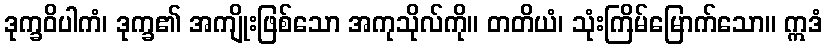
ဒုက္ခဝိပါကံ၊ ဒုက္ခ၏ အကျိုးဖြစ်သော အကုသိုလ်ကို။ တတိယံ၊ သုံးကြိမ်မြောက်သော။ ဣဒံ